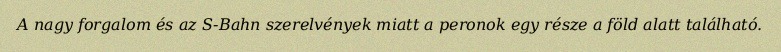
A nagy forgalom és az S-Bahn szerelvények miatt a peronok egy része a föld alatt található.